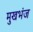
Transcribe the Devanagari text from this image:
मुखभंज